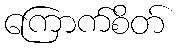
ကြောက်စိတ်